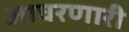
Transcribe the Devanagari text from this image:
आचरणारी